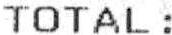
TOTAL :